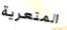
المتعرية